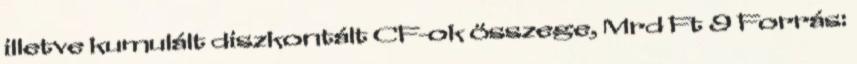
illetve kumulált diszkontált CF-ok összege, Mrd Ft 9 Forrás: